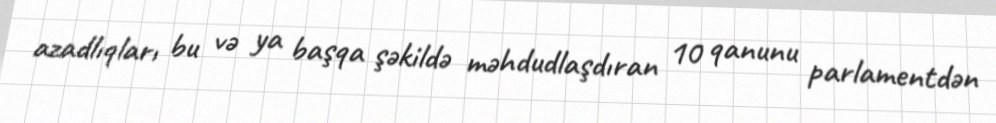
azadlıqları bu və ya başqa şəkildə məhdudlaşdıran 10 qanunu parlamentdən